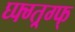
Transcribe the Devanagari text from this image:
घ्फ्ग्त्र्ग्फ्